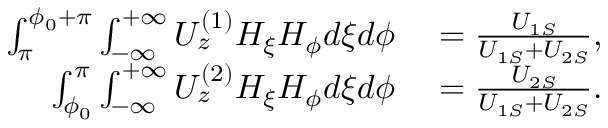
\begin{array} { r l } { \int _ { \pi } ^ { \phi _ { 0 } + \pi } \int _ { - \infty } ^ { + \infty } U _ { z } ^ { ( 1 ) } H _ { \xi } H _ { \phi } d \xi d \phi } & { { } = \frac { U _ { 1 S } } { U _ { 1 S } + U _ { 2 S } } , } \\ { \int _ { \phi _ { 0 } } ^ { \pi } \int _ { - \infty } ^ { + \infty } U _ { z } ^ { ( 2 ) } H _ { \xi } H _ { \phi } d \xi d \phi } & { { } = \frac { U _ { 2 S } } { U _ { 1 S } + U _ { 2 S } } . } \end{array}